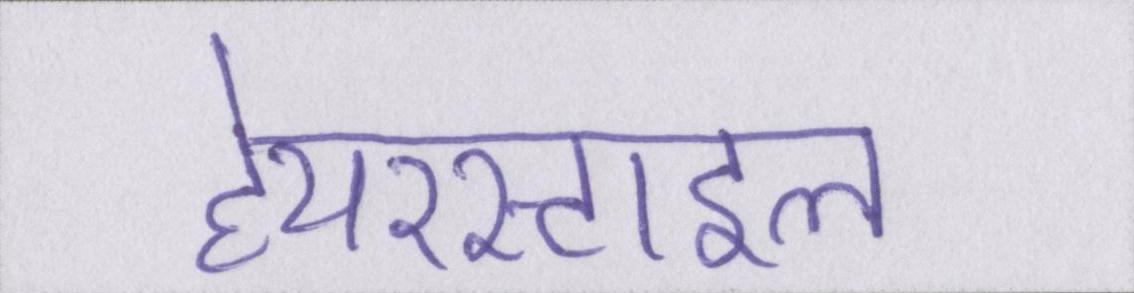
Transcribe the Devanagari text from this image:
हेयरस्टाइल